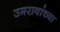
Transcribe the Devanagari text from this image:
उमरावांच्या